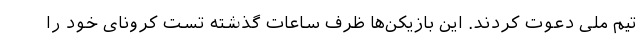
تیم ملی دعوت کردند. این بازیکن‌ها ظرف ساعات گذشته تست کرونای خود را